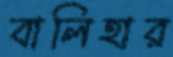
বালিহার